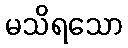
မသိရသော